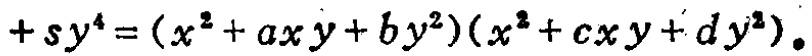
\[ + s y^{4}=(x^{2}+a x y + b y^{2})(x^{2}+c x y + d y^{2}) \]